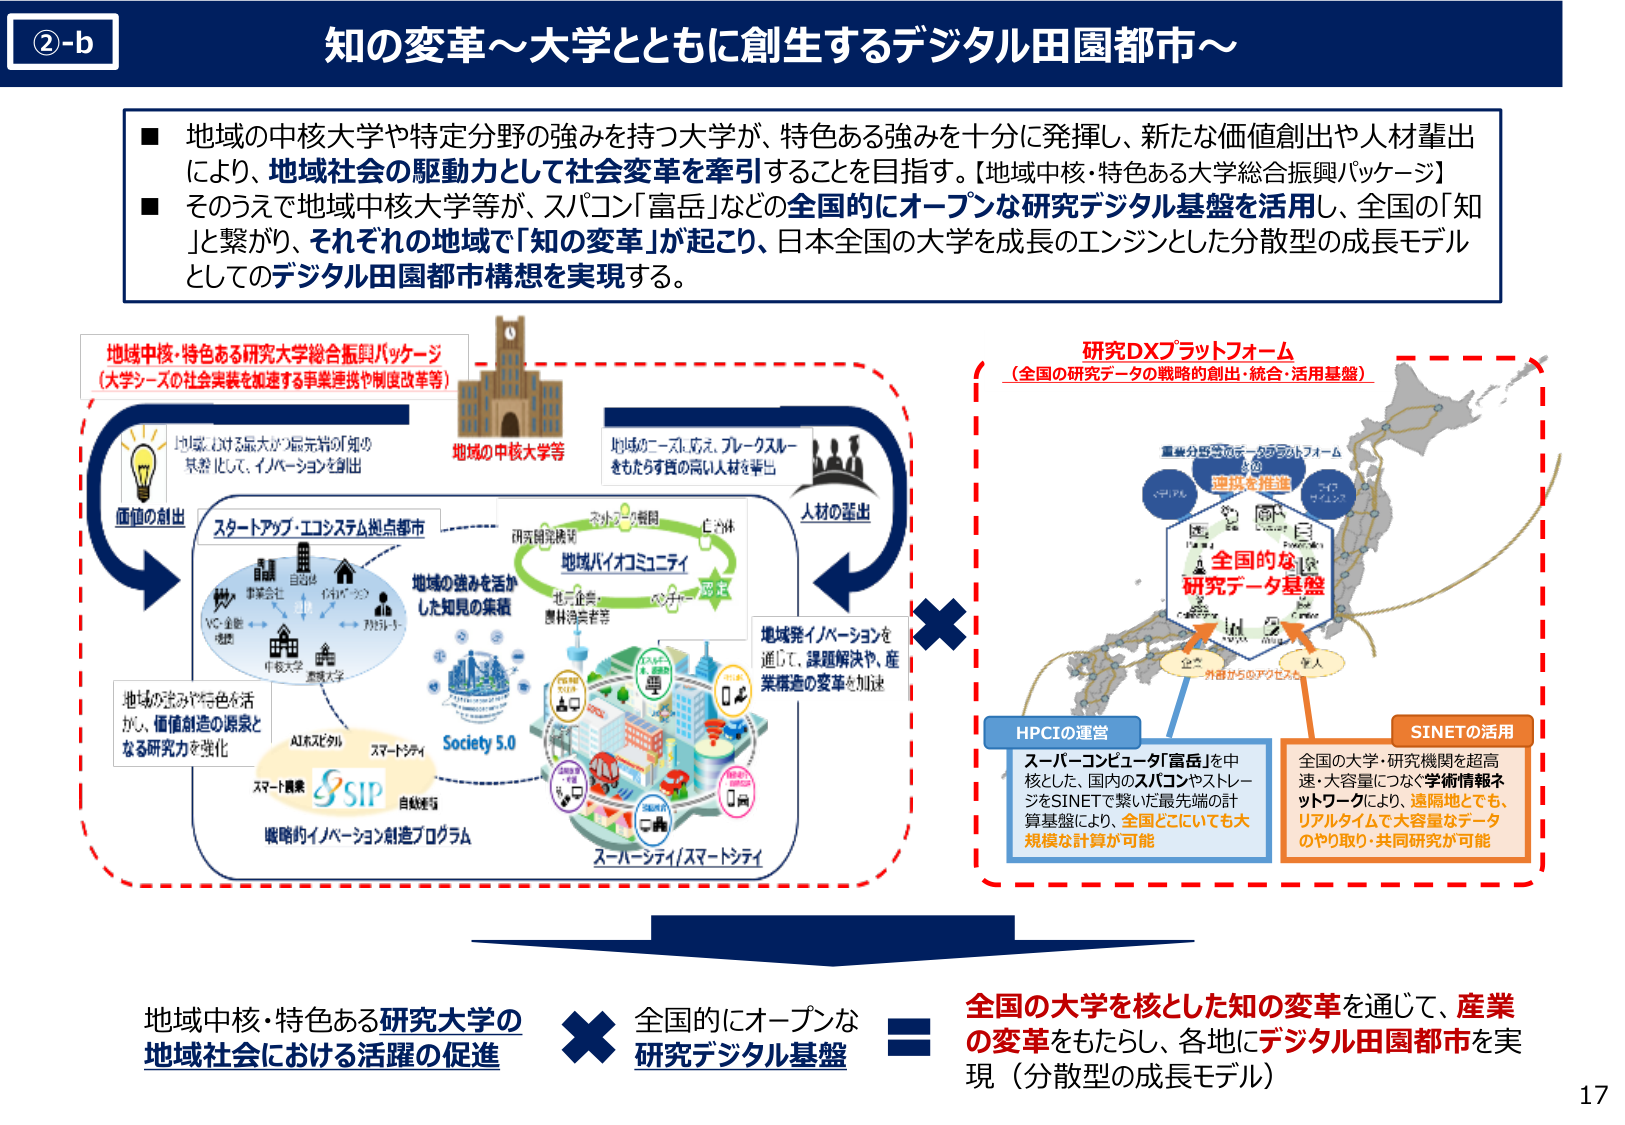
②-b
知の変革～大学とともに創生するデジタル田園都市～

■ 地域の中核大学や特定分野の強みを持つ大学が、特色ある強みを十分に発揮し、新たな価値創出や人材輩出により、地域社会の駆動力として社会変革を牽引することを目指す。【地域中核・特色ある大学総合振興パッケージ】
■ そのうえで地域中核大学等が、スパコン「富岳」などの全国的にオープンな研究デジタル基盤を活用し、全国の「知」を繋がり、それぞれの地域で「知の変革」が起こり、日本全国の大学を成長のエンジンとした分散型の成長モデルとしてのデジタル田園都市構想を実現する。

地域中核・特色ある研究大学総合振興パッケージ
（大学シーズの社会実装を加速する事業連携や制度改革等）

価値の創出
地域における最大かつ最先端の「知」の集積化して、イノベーションを創出

地域の中核大学等
地域のニーズに応え、ブレークスルーをもたらす質の高い人材を輩出

人材の輩出
地域発イノベーションを通じて、課題解決や、産業構造の変革を加速

スタートアップ・エコシステム拠点都市
事業会社
VC・金融
中核大学
連携大学
AI&デジタル
スマートシティ
自転車等
戦略的イノベーション創造プログラム

地域の強みを活かした知見の集積
研究開発機関
地域バイオコミュニティ
地元企業・農林漁業者等
Society 5.0
スーパーシティ/スマートシティ

地域の強みや特色を活かし、価値創造の源泉となる研究力を強化

研究DXプラットフォーム
（全国の研究データの戦略的創出・統合・活用基盤）

重複分野等のデータのプラットフォームを
連携を推進

全国的な
研究データ基盤

HPCIの運営
スーパーコンピュータ「富岳」を中核とした、国内のスパコンやストレージをSINETで繋いだ最先端の計算基盤により、全国どこにいても大規模な計算が可能

SINETの活用
全国の大学・研究機関を超高速・大容量につなぐ学術情報ネットワークにより、遠隔地でも、リアルタイムで大容量なデータのやり取り・共同研究が可能

地域中核・特色ある研究大学の
地域社会における活躍の促進
×
全国的にオープンな
研究デジタル基盤
＝
全国の大学を核とした知の変革を通じて、産業の変革をもたらし、各地にデジタル田園都市を実現（分散型の成長モデル）

17